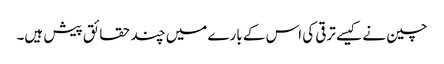
چین نے کیسے ترقی کی اس کے بارے میں چند حقائق پیش ہیں۔